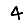
Digit: 4